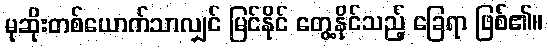
မုဆိုးတစ်ယောက်သာလျှင် မြင်နိုင် တွေ့နိုင်သည့် ခြေရာ ဖြစ်၏။